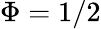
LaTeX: \Phi=1/2